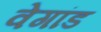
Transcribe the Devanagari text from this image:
वेगांड